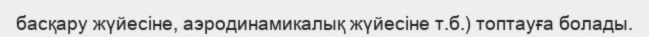
басқару жүйесіне, аэродинамикалық жүйесіне т.б.) топтауға болады.